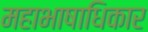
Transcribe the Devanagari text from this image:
महाभाषाधिकार